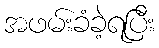
အဖမ်းခံခဲ့ရပြီး